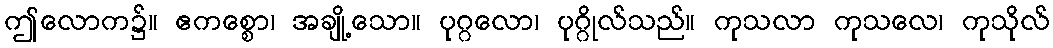
ဤလောက၌။ ဧကစ္စော၊ အချို့သော။ ပုဂ္ဂလော၊ ပုဂ္ဂိုလ်သည်။ ကုသလာ ကုသလေ၊ ကုသိုလ်